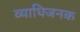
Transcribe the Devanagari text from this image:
व्‍याधिजनक